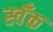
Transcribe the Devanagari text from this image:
स्वँक